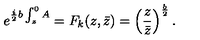
e ^ { { \frac { i } { 2 } } b \int _ { z } ^ { 0 } A } = F _ { k } ( z , \bar { z } ) = \left( { \frac { z } { \bar { z } } } \right) ^ { \frac { b } { 2 } } .